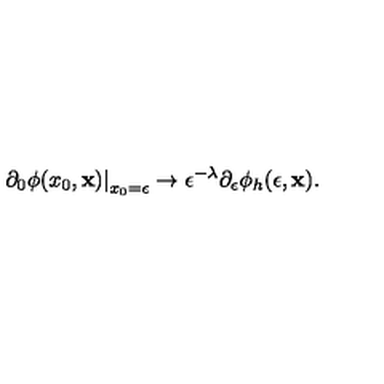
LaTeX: \left. \partial _ { 0 } \phi ( x _ { 0 } , { \bf x } ) \right| _ { x _ { 0 } = \epsilon } \to \epsilon ^ { - \lambda } \partial _ { \epsilon } \phi _ { h } ( \epsilon , { \bf x } ) .